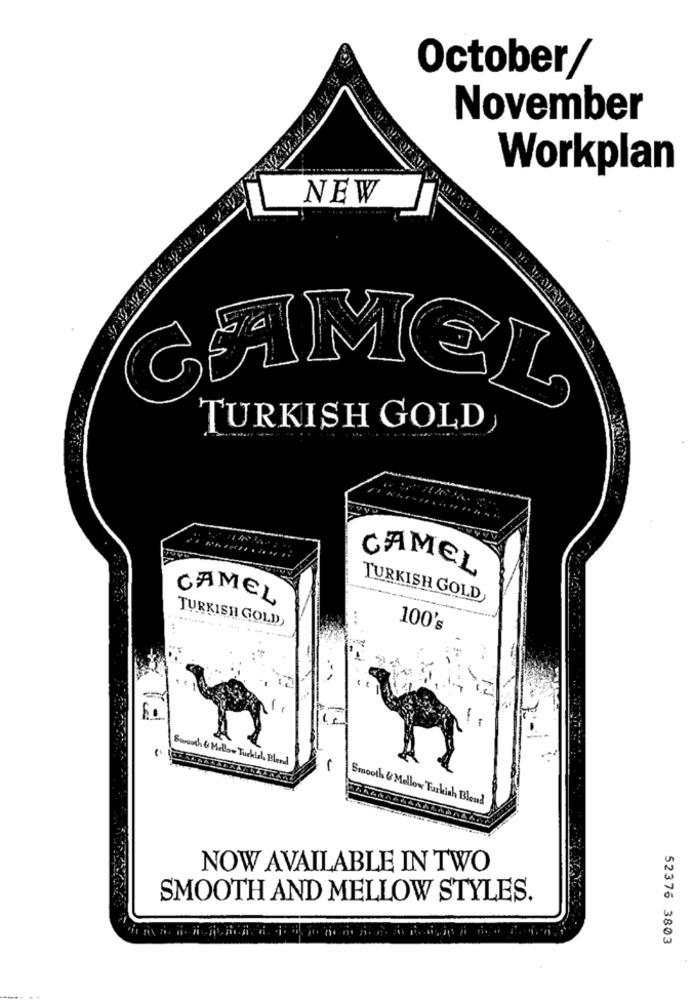
October/
November
Workplan
NEW
CAMEL
TURKISH GOLD
CAMEL
CAMEL
TURKISH GOLD
TURKISH GOLD,
100's
Smooth & Mellow Turkiel, Blend
Smooth & Mellow Turkish Blend
NOW AVAILABLE IN TWO
SMOOTH AND MELLOW STYLES.
52376 3803